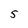
Character: 5